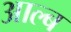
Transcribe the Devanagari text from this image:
आल्ब